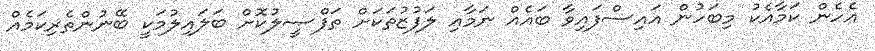
އެހެން ކަމާއެކު މިބަހުން އައިސްފައިވާ ބައެއް ނަމާއި ލަފުޒުތަކަށް ތަފްޞީލުކޮށް ބަލައިލުމަކީ ބޭނުންތެރިކަމެއް